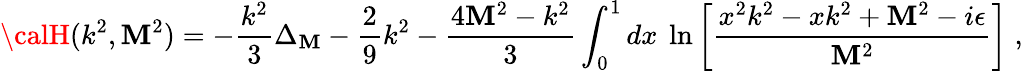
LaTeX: {\calH}(k^{2},\mathbf{M}^{2})=-\frac{{k^{2}}}{{3}}\Delta_{\mathbf{M}}-\frac{{2}}{{9}}k^{2}-\frac{{4\mathbf{M}^{2}-k^{2}}}{{3}}\int_{0}^{1}dx~\ln\left[\frac{{{x^{2}k^{2}-xk^{2}+\mathbf{M}^{2}-i\epsilon}}}{{\mathbf{M}^{2}}}\right]\; ,